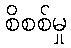
စိစစ်မှု